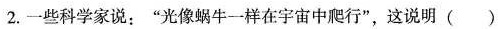
2.一些科学家说：”光像蜗牛一样在宇宙中爬行”，这说明()